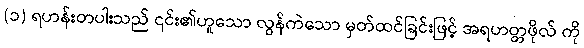
(၁) ရဟန်းတပါးသည် ၎င်း၏ဟူသော လွန်ကဲသော မှတ်ထင်ခြင်းဖြင့် အရဟတ္တဖိုလ် ကို